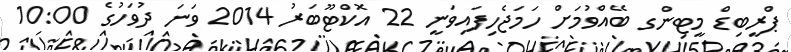
ޕްރީބިޑް މީޓިންގ ބޭއްވުމަށް ހަމަޖެހިފައިވަނީ 22 އޮކްޓޫބަރު 2014 ވަނަ ދުވަހުގެ 10:00